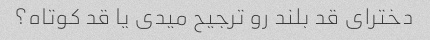
دخترای قد بلند رو ترجیح میدی یا قد کوتاه؟